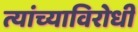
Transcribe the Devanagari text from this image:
त्यांच्याविरोधी